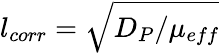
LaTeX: l_{corr}=\sqrt{D_{P}/\mu_{eff}}